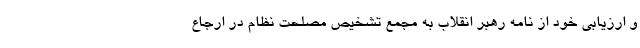
و ارزیابی خود از نامه رهبر انقلاب به مجمع تشخیص مصلحت نظام در ارجاع